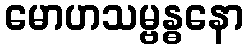
မောဟသမ္ဗန္ဓနော